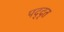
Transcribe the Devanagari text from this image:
पद्द्त